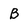
Character: B